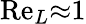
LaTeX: \mathrm{Re}_{L}{\approx}1